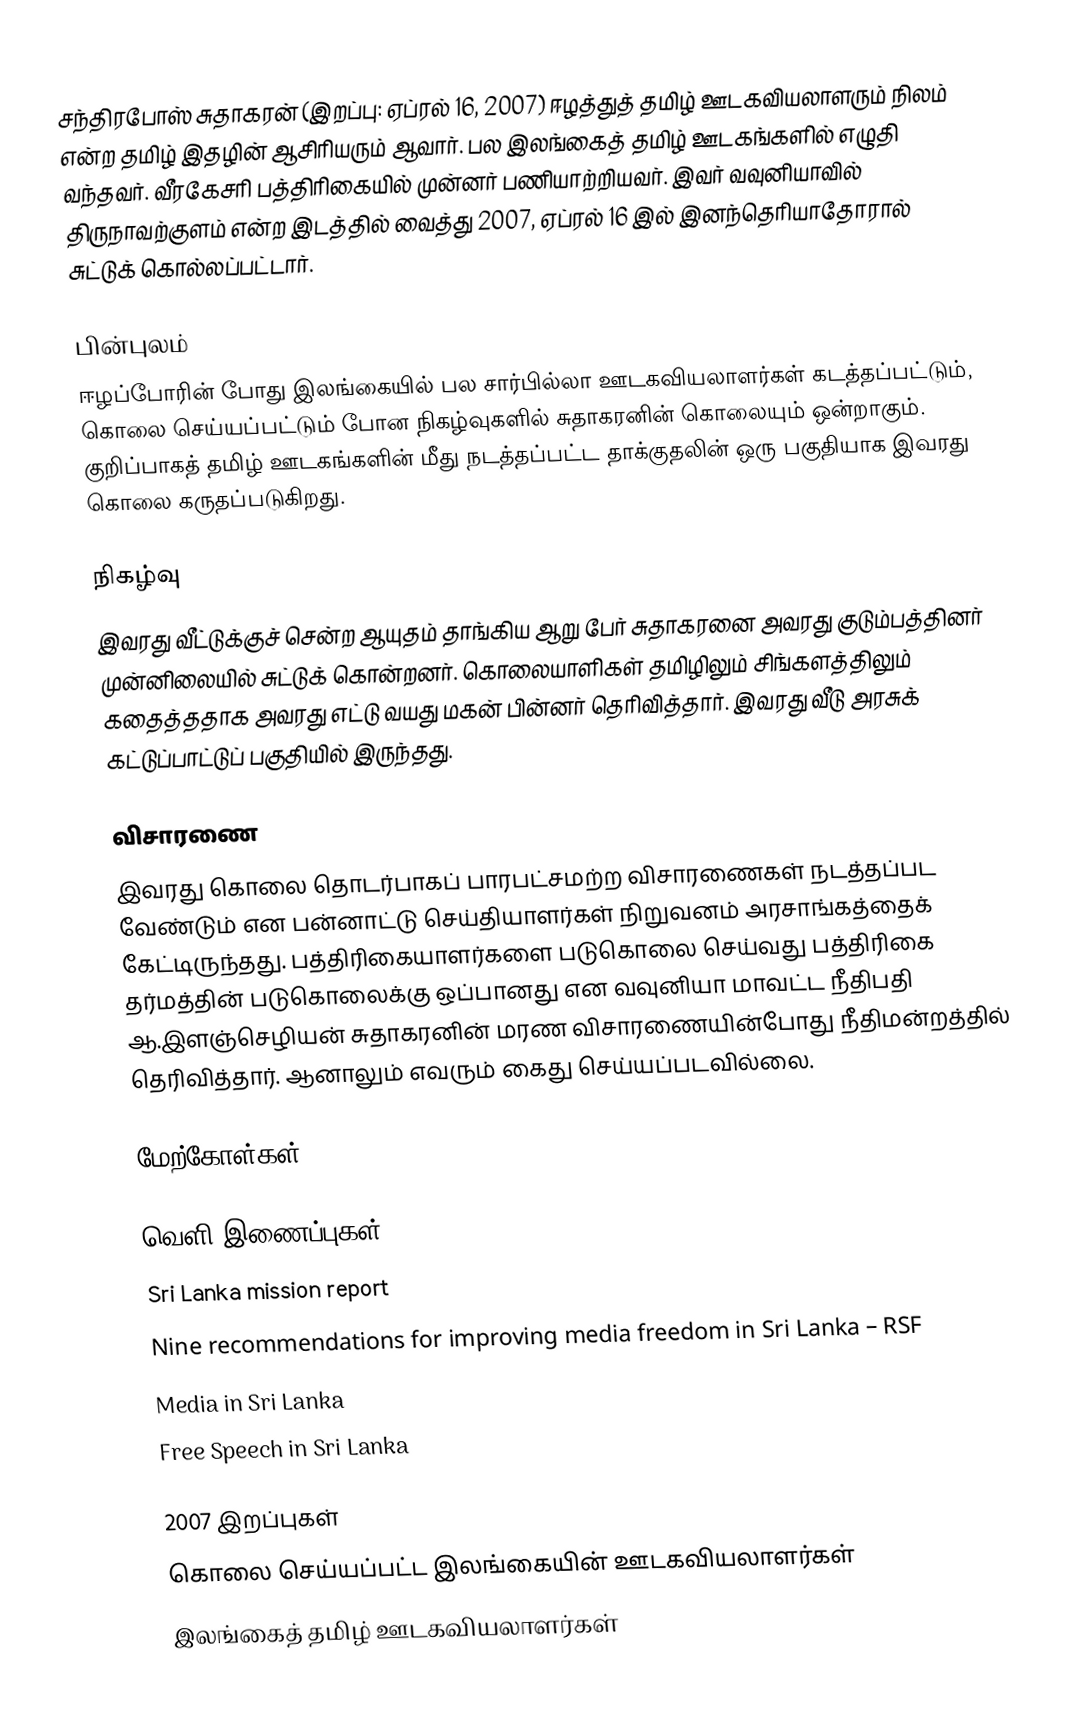
சந்திரபோஸ் சுதாகரன் (இறப்பு: ஏப்ரல் 16, 2007) ஈழத்துத் தமிழ் ஊடகவியலாளரும் நிலம் என்ற தமிழ் இதழின் ஆசிரியரும் ஆவார். பல இலங்கைத் தமிழ் ஊடகங்களில் எழுதி வந்தவர். வீரகேசரி பத்திரிகையில் முன்னர் பணியாற்றியவர். இவர் வவுனியாவில் திருநாவற்குளம் என்ற இடத்தில் வைத்து 2007, ஏப்ரல் 16 இல் இனந்தெரியாதோரால் சுட்டுக் கொல்லப்பட்டார்.

பின்புலம்
ஈழப்போரின் போது இலங்கையில் பல சார்பில்லா ஊடகவியலாளர்கள் கடத்தப்பட்டும், கொலை செய்யப்பட்டும் போன நிகழ்வுகளில் சுதாகரனின் கொலையும் ஒன்றாகும். குறிப்பாகத் தமிழ் ஊடகங்களின் மீது நடத்தப்பட்ட தாக்குதலின் ஒரு பகுதியாக இவரது கொலை கருதப்படுகிறது.

நிகழ்வு
இவரது வீட்டுக்குச் சென்ற ஆயுதம் தாங்கிய ஆறு பேர் சுதாகரனை அவரது குடும்பத்தினர் முன்னிலையில் சுட்டுக் கொன்றனர். கொலையாளிகள் தமிழிலும் சிங்களத்திலும் கதைத்ததாக அவரது எட்டு வயது மகன் பின்னர் தெரிவித்தார். இவரது வீடு அரசுக் கட்டுப்பாட்டுப் பகுதியில் இருந்தது.

விசாரணை
இவரது கொலை தொடர்பாகப் பாரபட்சமற்ற விசாரணைகள் நடத்தப்பட வேண்டும் என பன்னாட்டு செய்தியாளர்கள் நிறுவனம் அரசாங்கத்தைக் கேட்டிருந்தது.  பத்திரிகையாளர்களை படுகொலை செய்வது பத்திரிகை தர்மத்தின் படுகொலைக்கு ஒப்பானது என வவுனியா மாவட்ட நீதிபதி ஆ.இளஞ்செழியன் சுதாகரனின் மரண விசாரணையின்போது நீதிமன்றத்தில் தெரிவித்தார். ஆனாலும் எவரும் கைது செய்யப்படவில்லை.

மேற்கோள்கள்

வெளி இணைப்புகள்
Sri Lanka mission report
 Nine recommendations for improving media freedom in Sri Lanka – RSF
Media in Sri Lanka
Free Speech in Sri Lanka

2007 இறப்புகள்
கொலை செய்யப்பட்ட இலங்கையின் ஊடகவியலாளர்கள்
இலங்கைத் தமிழ் ஊடகவியலாளர்கள்